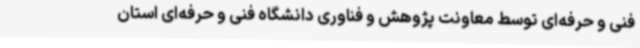
فنی و حرفه‌ای توسط معاونت پژوهش و فناوری دانشگاه فنی و حرفه‌ای استان